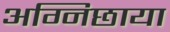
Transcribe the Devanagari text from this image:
अग्निछाया